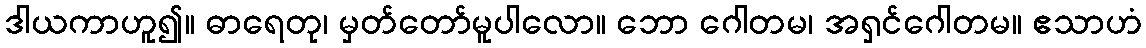
ဒါယကာဟူ၍။ ဓာရေတု၊ မှတ်တော်မူပါလော။ ဘော ဂေါတမ၊ အရှင်ဂေါတမ။ ဧသာဟံ